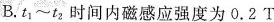
B.t_{1}~t_{2}时间内磁感应强度为0.2T